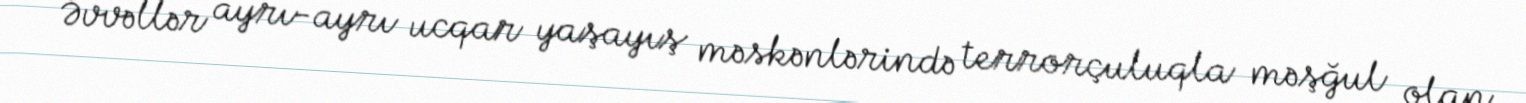
Əvvəllər ayrı-ayrı ucqar yaşayış məskənlərində terrorçuluqla məşğul olan